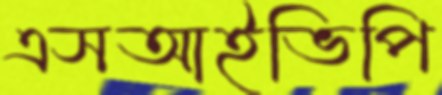
এসআইভিপি